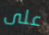
على